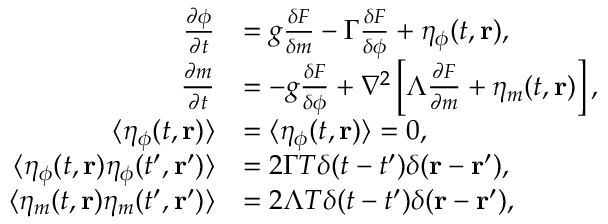
\begin{array} { r l } { \frac { \partial \phi } { \partial t } } & { = g \frac { \delta F } { \delta m } - \Gamma \frac { \delta F } { \delta \phi } + \eta _ { \phi } ( t , { \mathbf { r } } ) , } \\ { \frac { \partial m } { \partial t } } & { = - g \frac { \delta F } { \delta \phi } + \nabla ^ { 2 } \left[ \Lambda \frac { \partial F } { \partial m } + \eta _ { m } ( t , \mathbf { r } ) \right] , } \\ { \langle \eta _ { \phi } ( t , { \mathbf { r } } ) \rangle } & { = \langle \eta _ { \phi } ( t , { \mathbf { r } } ) \rangle = 0 , } \\ { \langle \eta _ { \phi } ( t , { \mathbf { r } } ) \eta _ { \phi } ( t ^ { \prime } , { \mathbf { r } } ^ { \prime } ) \rangle } & { = 2 \Gamma T \delta ( t - t ^ { \prime } ) \delta ( { \mathbf { r } } - { \mathbf { r } } ^ { \prime } ) , } \\ { \langle \eta _ { m } ( t , { \mathbf { r } } ) \eta _ { m } ( t ^ { \prime } , { \mathbf { r } } ^ { \prime } ) \rangle } & { = 2 \Lambda T \delta ( t - t ^ { \prime } ) \delta ( { \mathbf { r } } - { \mathbf { r } } ^ { \prime } ) , } \end{array}